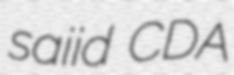
saiid CDA